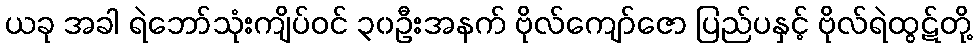
ယခု အခါ ရဲဘော်သုံးကျိပ်ဝင် ၃၀ဦးအနက် ဗိုလ်ကျော်ဇော ပြည်ပနှင့် ဗိုလ်ရဲထွဋ်တို့